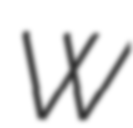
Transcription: W